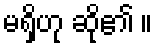
မရှိဟု ဆို၏ ။